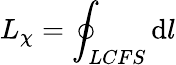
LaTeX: L_{\chi}=\oint_{LCFS}\mathrm{d}l